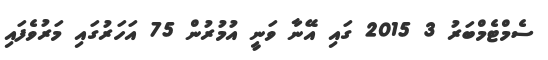
ސެމްޓެމްބަރު 3 2015 ގައި އޭނާ ވަނީ އުމުރުން 75 އަހަރުގައި މަރުވެފައި